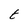
Character: t